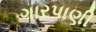
ગારપાણી